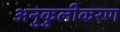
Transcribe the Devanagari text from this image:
अनुकुलीकरण